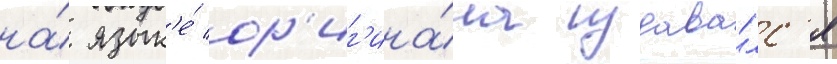
на́ язык'е́ ор'иг'ина́ла издава́лс'я